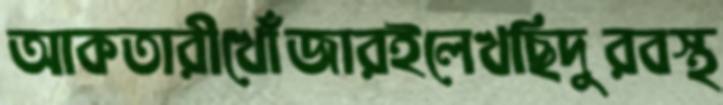
আকতারীখোঁজারইলেখছিদুরবস্থ